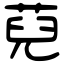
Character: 萖